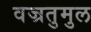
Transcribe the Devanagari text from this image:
वज्रतुमुल